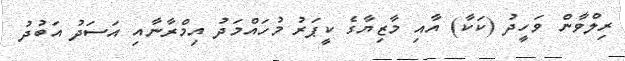
ރިލްވާން ވަހީދު (ކަކާ) އާއި މާޒިޔާގެ ކީޕަރު މުހައްމަދު އިމްރާނާއި އަސަދު އަބުދު